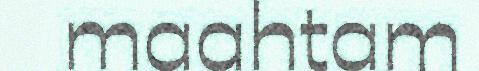
maahtam